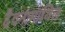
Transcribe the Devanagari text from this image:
दैवनामाथिल